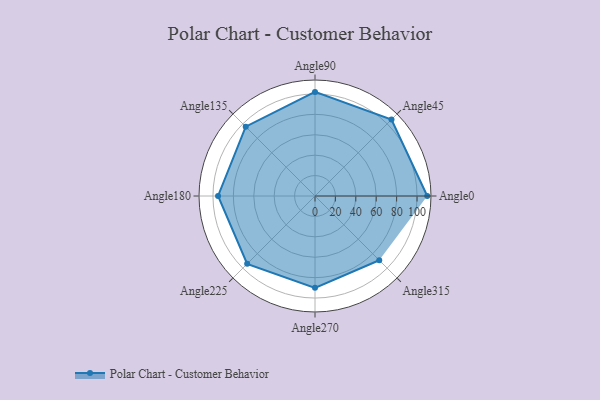
{"axis": {"x": "Angle", "y": "Radius"}, "legend": [""], "data": [{"x": "Angle0", "y": 110.0, "type": ""}, {"x": "Angle45", "y": 106.0, "type": ""}, {"x": "Angle90", "y": 102.0, "type": ""}, {"x": "Angle135", "y": 96.0, "type": ""}, {"x": "Angle180", "y": 95.0, "type": ""}, {"x": "Angle225", "y": 94.0, "type": ""}, {"x": "Angle270", "y": 90.0, "type": ""}, {"x": "Angle315", "y": 89.0, "type": ""}]}